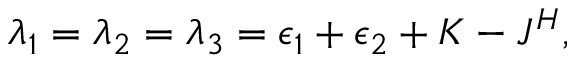
\begin{array} { r } { \lambda _ { 1 } = \lambda _ { 2 } = \lambda _ { 3 } = \epsilon _ { 1 } + \epsilon _ { 2 } + K - J ^ { H } , } \end{array}